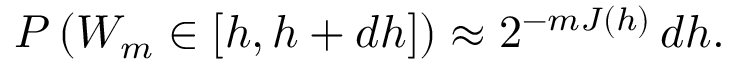
P \left( W _ { m } \in [ h , h + d h ] \right) \approx 2 ^ { - m J ( h ) } \, d h .